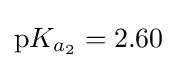
\mathrm {p} K_{a_{2}}=2.60